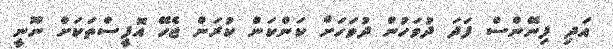
އަދި ފިނޭންސް ފަދަ ދުވަހުން ދުވަހަށް ކަންކަން ކުރަން ޖެހޭ އޮފީސްތަކަށް ނޫނީ